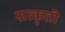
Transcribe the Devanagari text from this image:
सत्कृती